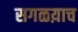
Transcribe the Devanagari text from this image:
सगळय़ाच